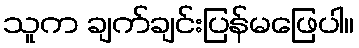
သူက ချက်ချင်းပြန်မဖြေပါ။